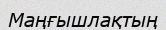
Маңғышлақтың